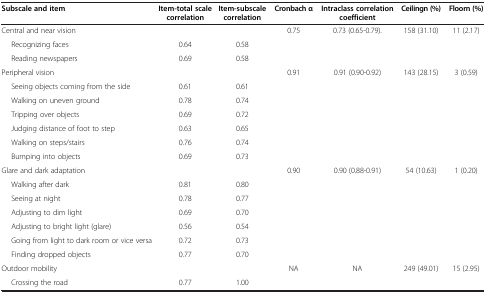
<table><thead><tr><td><b>Subscale and item</b></td><td><b>Item-total scale correlation</b></td><td><b>Item-subscale correlation</b></td><td><b>Cronbach α</b></td><td><b>Intraclass correlation coefficient</b></td><td><b>Ceilingn (%)</b></td><td><b>Floorn (%)</b></td></tr></thead><tbody><tr><td>Central and near vision</td><td> </td><td> </td><td>0.75</td><td>0.73 (0.65-0.79).</td><td>158 (31.10)</td><td>11 (2.17)</td></tr><tr><td>Recognizing faces</td><td>0.64</td><td>0.58</td><td> </td><td> </td><td> </td><td> </td></tr><tr><td>Reading newspapers</td><td>0.69</td><td>0.58</td><td> </td><td> </td><td> </td><td> </td></tr><tr><td>Peripheral vision</td><td> </td><td> </td><td>0.91</td><td>0.91 (0.90-0.92)</td><td>143 (28.15)</td><td>3 (0.59)</td></tr><tr><td>Seeing objects coming from the side</td><td>0.61</td><td>0.61</td><td> </td><td> </td><td> </td><td> </td></tr><tr><td>Walking on uneven ground</td><td>0.78</td><td>0.74</td><td> </td><td> </td><td> </td><td> </td></tr><tr><td>Tripping over objects</td><td>0.69</td><td>0.72</td><td> </td><td> </td><td> </td><td> </td></tr><tr><td>Judging distance of foot to step</td><td>0.63</td><td>0.65</td><td> </td><td> </td><td> </td><td> </td></tr><tr><td>Walking on steps/stairs</td><td>0.76</td><td>0.74</td><td> </td><td> </td><td> </td><td> </td></tr><tr><td>Bumping into objects</td><td>0.69</td><td>0.73</td><td> </td><td> </td><td> </td><td> </td></tr><tr><td>Glare and dark adaptation</td><td> </td><td> </td><td>0.90</td><td>0.90 (0.88-0.91)</td><td>54 (10.63)</td><td>1 (0.20)</td></tr><tr><td>Walking after dark</td><td>0.81</td><td>0.80</td><td> </td><td> </td><td> </td><td> </td></tr><tr><td>Seeing at night</td><td>0.78</td><td>0.77</td><td> </td><td> </td><td> </td><td> </td></tr><tr><td>Adjusting to dim light</td><td>0.69</td><td>0.70</td><td> </td><td> </td><td> </td><td> </td></tr><tr><td>Adjusting to bright light (glare)</td><td>0.56</td><td>0.54</td><td> </td><td> </td><td> </td><td> </td></tr><tr><td>Going from light to dark room or vice versa</td><td>0.72</td><td>0.73</td><td> </td><td> </td><td> </td><td> </td></tr><tr><td>Finding dropped objects</td><td>0.77</td><td>0.70</td><td> </td><td> </td><td> </td><td> </td></tr><tr><td>Outdoor mobility</td><td> </td><td> </td><td>NA</td><td>NA</td><td>249 (49.01)</td><td>15 (2.95)</td></tr><tr><td>Crossing the road</td><td>0.77</td><td>1.00</td><td> </td><td> </td><td> </td><td> </td></tr></tbody></table>